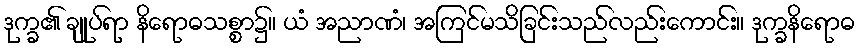
ဒုက္ခ၏ ချုပ်ရာ နိရောဓသစ္စာ၌။ ယံ အညာဏံ၊ အကြင်မသိခြင်းသည်လည်းကောင်း။ ဒုက္ခနိရောဓ